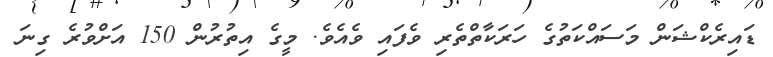
ޑައިރެކްޝަން މަސައްކަތުގެ ހަރަކާތްތެރި ވެފައި ވެއެވެ. މީގެ އިތުރުން 150 އަށްވުރެ ގިނަ